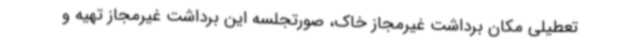
تعطیلی مکان برداشت غیرمجاز خاک، صورتجلسه این برداشت غیرمجاز تهیه و